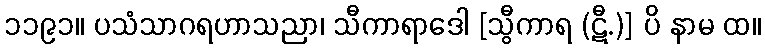
၁၁၉၁။ ပသံသာဂရဟာသညာ၊ သီကာရာဒေါ [သွီကာရ (ဋီ.)] ပိ နာမ ထ။